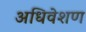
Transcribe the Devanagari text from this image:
अधिवेशण